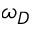
\omega _ { D }